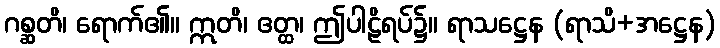
ဂစ္ဆတိ၊ ရောက်၏။ ဣတိ၊ ဧတ္ထ၊ ဤပါဠိရပ်၌။ ရာသဋ္ဌေန (ရာသိ+အဋ္ဌေန)